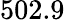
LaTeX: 502.9